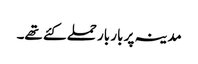
مدینہ پر بار بار حملے کئے تھے۔